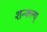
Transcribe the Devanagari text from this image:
शन्क्ल्य्